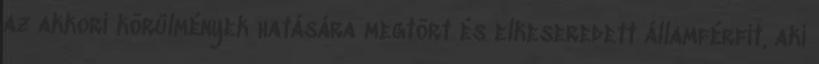
az akkori körülmények hatására megtört és elkeseredett államférfit, aki